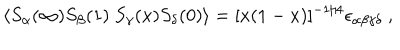
\langle S _ { \alpha } ( \infty ) S _ { \beta } ( 1 ) \ S _ { \gamma } ( x ) S _ { \delta } ( 0 ) \rangle = [ x ( 1 - x ) ] ^ { - 1 / 4 } \epsilon _ { \alpha \beta \gamma \delta } \ ,